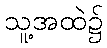
သူ့အထဲ၌